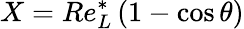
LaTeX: X=Re_{L}^{*}\left(1-\cos\theta\right)